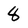
Character: 8